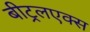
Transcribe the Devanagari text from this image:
बीट्रलएक्स